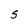
Character: S